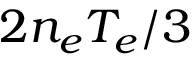
2 n _ { e } T _ { e } / 3